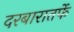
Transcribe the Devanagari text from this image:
दरबारातर्फे